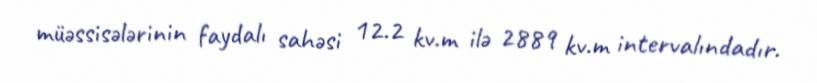
müəssisələrinin faydalı sahəsi 12.2 kv.m ilə 2889 kv.m intervalındadır.